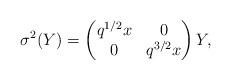
LaTeX: \begin{align*} \sigma^2(Y)=\begin{pmatrix} q^{1/2}x & 0 \\ 0 & q^{3/2}x\end{pmatrix}Y,\end{align*}